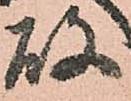
故